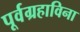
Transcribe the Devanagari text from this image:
पूर्वग्रहाविना